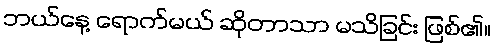
ဘယ်နေ့ ရောက်မယ် ဆိုတာသာ မသိခြင်း ဖြစ်၏။